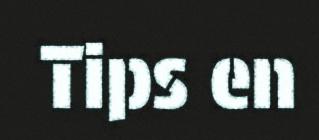
Tips en